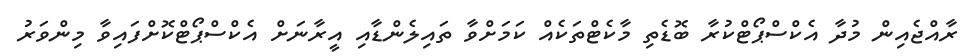
ރާއްޖެއިން މުދާ އެކްސްޕޯޓްކުރާ ބޮޑެތި މާކެޓްތަކެއް ކަމަށްވާ ތައިލެންޑާއި އީރާނަށް އެކްސްޕޯޓްކޮށްފައިވާ މިންވަރު